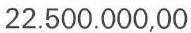
22.500.000,00